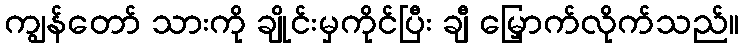
ကျွန်တော် သားကို ချိုင်းမှကိုင်ပြီး ချီ မြှောက်လိုက်သည်။